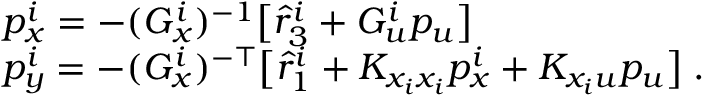
\begin{array} { r l } & { p _ { x } ^ { i } = - ( G _ { x } ^ { i } ) ^ { - 1 } \big [ \hat { r } _ { 3 } ^ { i } + G _ { u } ^ { i } p _ { u } \big ] } \\ & { p _ { y } ^ { i } = - ( G _ { x } ^ { i } ) ^ { - \top } \big [ \hat { r } _ { 1 } ^ { i } + K _ { x _ { i } x _ { i } } p _ { x } ^ { i } + K _ { x _ { i } u } p _ { u } \big ] \; . } \end{array}